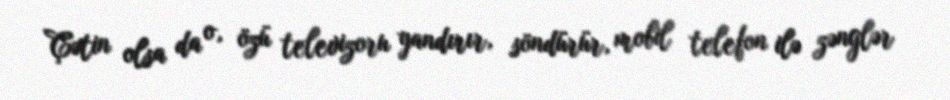
Çətin olsa da o, özü televizoru yandırır, söndürür, mobil telefon ilə zənglər